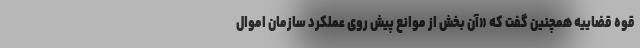
قوه قضاییه همچنین گفت که «آن بخش از موانع پیش روی عملکرد سازمان اموال